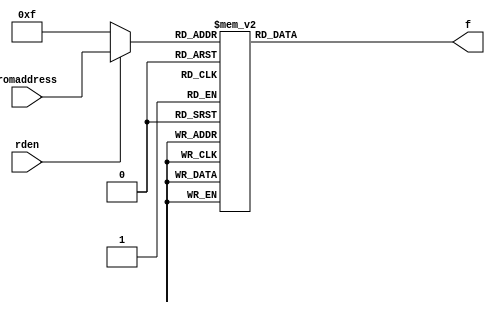
module ne_funcgenROM(f, romaddress, rden);
parameter Z=511;//circulant size
parameter MB=2;//num of blk columns of G parity part
parameter ADDRESSWIDTH=4;
parameter READDEFAULTCASE = (2**ADDRESSWIDTH)-1;

output reg[(MB*Z)-1:0] f;
input[(ADDRESSWIDTH)-1:0] romaddress;
input rden;

wire[(ADDRESSWIDTH)-1:0] romaddress_case = rden ? romaddress : READDEFAULTCASE;

always@(*)
begin
  case(romaddress_case)
     0: begin
         f=1022'h0AB7EAD98AA507BFDDFD51919FE09C3D7B20CEE21311C4A091ACEA4A84D273C40D1A5B8DF9A5F0457D6D7B2D914EDE926555D378A75A41455390D768C3C86EB39A156B821A62942A8C145DA1E4F708E1512BCFFA61CE44086ABD8E0E9940D0270F3A5C6A02CFB3848D8FBA026807644813C604448FAAE19F4F903A319496174A;
       end
     1: begin
         f=1022'hF62B21CF0AEE0649FA67B7D0EA6551C1CD194CA77501E0FCF8C85867B9CF679C18BCF7939E10F8550661848A4E0A9E9EDB7DAB9EDABA18C168C8E28AACDDEAB18C96E3E90D5AAE24ACC188A2448F6453E002F74C938D822291F6016E101050DE352F20E91A52D4B27F49FA58DAF55EEEA1E18E36635DCB68018FEBAE755E00E2;
       end
     2: begin
         f=1022'hEB40D4728A105EC14A76709F248EB0C041FFDDD4186DAFD7998104C3BEC00FC95AF0388BE2BF3AFB786C39D9F290790F57EBC60B0963114088D1B4EABC87AC94C04DF1DD77F1C20C1FB570D7DD7A1219EAECEA4B2877282651B0FFE713DF338A63263BC0E324A87E2DC1AD64C9F10AAA585ED6905946EE167A73CF04AD2AF921;
       end
     3: begin
         f=1022'h1CD6547FB9BC832408A5B2522000CD179B1549B154648C1153155AE2813F037190B5A0B652D1652D465C0DF7C56D605EC9BC5B428CC0B024E0D04A08BDB4AC8D63B40E7BF93C1C0714789315917A05F9A02DFDC9188D451A684260432323BBA18EDFEEE974151733A15D6B299DA8D95EF701BBF4FB731EE505878EFCBF39EAE6;
       end
     4: begin
         f=1022'h023102AF5C83060E8975C15B4C52BC116F3488103C223ED377CF063A0F7DD7EEC465C0CBEEA5A9E431A736D8B7E415CB71FE2E54FE3ED01CD7EB558788686E6DDD76029801F05D6D703762291091038B0A71A84DAEF383656962A0ED232839D1D3A51DB24B8CF4592FFE50E9873840C77FD106C2C5D4826D260E53D1E51910E4;
       end
     5: begin
         f=1022'h1A60CD1F1C282A1612657E8C7C1420332CA245C0756F78744C807966C3E1326438878BD2CCC83388415A612705AB192B3512EEF0D95248F7B73E5B0F412BF76DEE8696D2F73193E7C90A0591B7B123A14070D32C28DBD7DE23A97066067C0BDB851F011E4BD1E62826BCCCEB6EC116CDEFFE672461048526004BBB8976CB9AF6;
       end
     6: begin
         f=1022'h123B342A892E7EE4026D7C6DF1B307434321011876A7024EF88EC171ABE2A7F12B7500FAB40ECAAA263D0F195BE18547367AE8434F3AA7FEF3577D36BDF478D8BE222975D325A487FE560A6D146311578D9C5501D28BC0A1FB48C9BDA173E869133A3AA9506C42AE9F466E85611FC5F8F74E439638D66D2F00C682987A96D888;
       end
     7: begin
         f=1022'hE3852D7E63A3557F23A6D3B914F1A58F814851EA15EB078219D76668C239C9A7EB158035EC5577A32C6EB1E1BD16D1AD48C1CDA4B79D17F7C41C93768E3F424E800DB8D7FDC08BDE7C5AE80154CFF7524A81E01ACD82B4B1FF29388A073137B7C7E74F94D9B823FCE544F5E73B0202E313BF994832EF90D59DBBCD59F4644AAA;
       end
     8: begin
         f=1022'h034001169D133CBEFCD257B9CD39C7F5B32E3079F5D64F0BA187B395CA2062DA97ACB4540D974FE9C98950107359502024686C91DD51B77448C94D1C22B567E82BD6DFF9A022843A90BFBC3B66D06483E0808C217041BEEF07D5AD59E85095C086F17F69832E816C23EB5B70EC1040A562131F33783958D1F592779B773BAC32;
       end
     9: begin
         f=1022'hF595E9B2B33EF82D0E64AA2226D6A0ADCD179D5932EE1CF401B336449D0FF775754CA56650716E61A43F963D59865C7F017F53830514306649822CAA72C152F698459B02819146FBC1A04C24B3EC7545484151F03FD96CC3B74B8C5BED902F694C3A5783E0D14A1BFA1D51FC37A70EC020C5C44ED4930F4334E168C18A9E42BC;
       end
    10: begin
         f=1022'hFF08378FF9248C979757831A447133F774CA73BB04CAE27D37FD072120C12D3FADB2E3A7D8B5626448DE004699D6A7FCBA91F72DE8A09348B702817F97C7250397865287840D00243278F41CE1156D1868F24E02F91D3A1886ACE906CE741662B40B4EFDFB90F76C1ADD884D920AFA8B3427EEB84A759FA02E00635743F50B94;
       end
    11: begin
         f=1022'hFB71042768A893906C7CDD59148A660752DFA230DA84B6AD93A471D93310F33B0623B231615723FD222EE4400D80AFBD0F6FB12988412241A8B37176F5040D0C2F910C2F1DE383B5D28D56B58CCE46305E6B874122DC3A49389B736C6EA93EF8349EE0850E4728DADF49FFBA9C7D09C599AB9C7A18A9B0D5FC639DFA02C9D711;
       end
    12: begin
         f=1022'hF97245108AEEB44C4A0B68E511C0CB647694DAF15F7BB646AD67258D25DEAD46B569544EECFBCE5E0B18C9088AF92B5199BA1DE44B574AD6ECAF6FE1D28FB82FCD2498C31BDE61E39433D6AF4D4E9BB602FAB31C5A45E7A95D0D7911046F1F55984DB7EA60C067CD10F7A393182502F138C773AB54535D56BE5698896175A55C;
       end
    13: begin
         f=1022'h1BDB7273E8342918E097B1C1F5FEF32A150AEF5E11184782B5BD5A1D8071E94578B0AC722D7BF49E8C78D391294371FFBA7B88FABF8CC03A62B940CE60D669DFD73E10FD424084F2660E08B6507AE60BD27B1EE8E4A069CEFA4BA7FE0875B8BF16B630DB6E152D1502D06BDF6AEB2A5D5CFD49CEDBE1ABE12EB21C34552F004A;
       end
    default: begin
               f=0;
             end
  endcase
end
endmodule